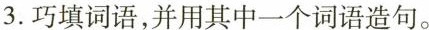
3.巧填词语，并用其中一个词语造句。